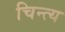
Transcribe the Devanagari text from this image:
चिन्त्य